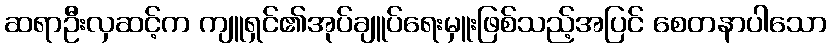
ဆရာဦးလှဆင့်က ကျူရှင်၏အုပ်ချူပ်ရေးမှူးဖြစ်သည့်အပြင် စေတနာပါသော